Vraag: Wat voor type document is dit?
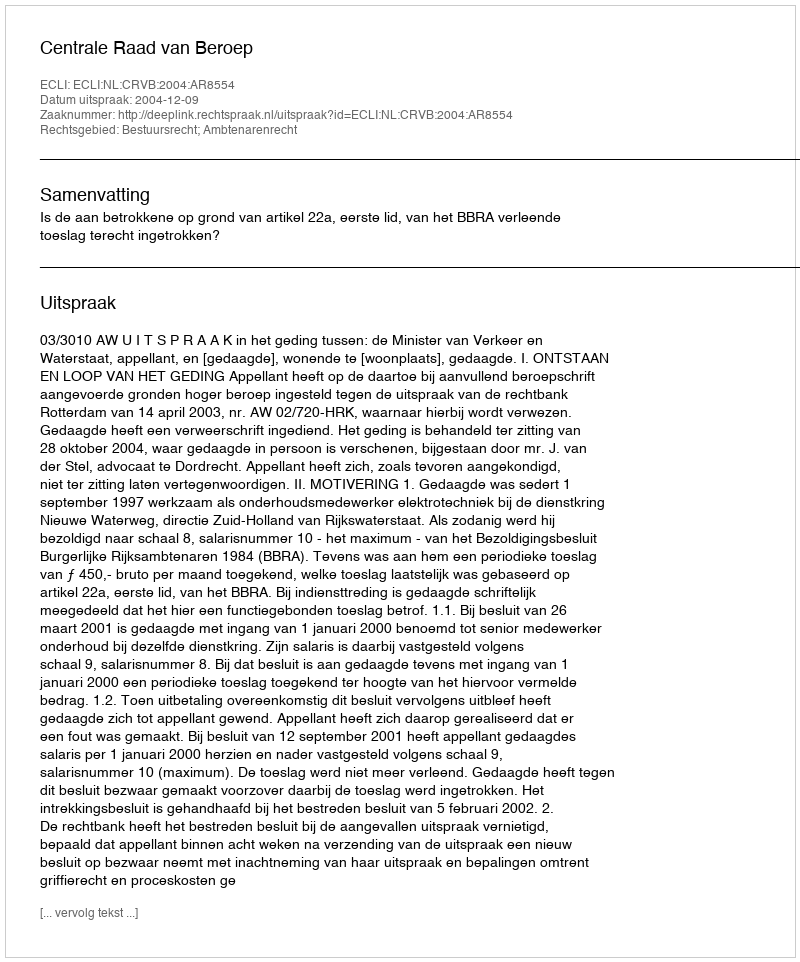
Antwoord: Uitspraak